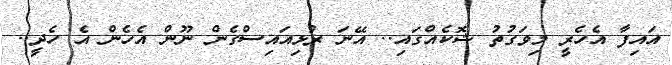
އައިފާ އެހެރީ މިވަގުތު ޝޮކެއްގައި.. އޭނަ ރުޅިއައިސްގެން ނޫން އެހެން އެ ހެދީ..